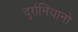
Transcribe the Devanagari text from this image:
दुर्रानियानो